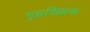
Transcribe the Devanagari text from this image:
गृहशिक्षक